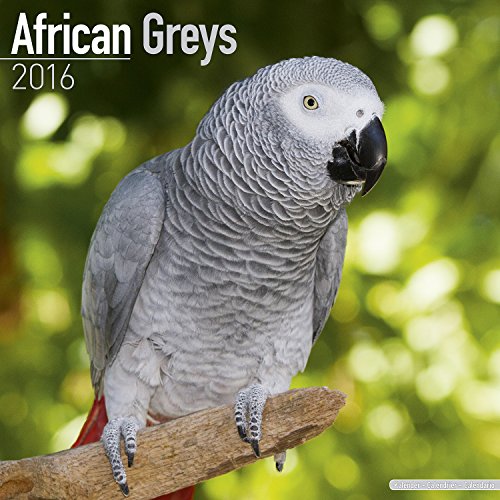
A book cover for African Greys Calendar - Just African Greys Calendar - 2016 Wall calendars - Animal Calendars - Parrot Calendars - Monthly Wall Calendar by Avonside; MegaCalendars; Calendars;